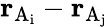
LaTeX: \mathbf{r}_{\mathrm{{A}_{i}}}-\mathbf{r}_{\mathrm{{A}_{j}}}